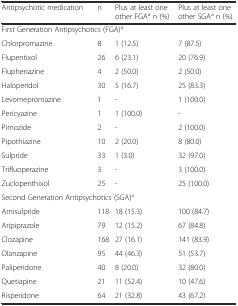
<table><thead><tr><td><b>Antipsychotic medication</b></td><td><b>n</b></td><td><b>Plus at least one other FGA<sup>a</sup> n (%)</b></td><td><b>Plus at least one other SGA<sup>a</sup> n (%)</b></td></tr></thead><tbody><tr><td colspan="4">First Generation Antipsychotics (FGA)<sup>a</sup></td></tr><tr><td>Chlorpromazine</td><td>8</td><td>1 (12.5)</td><td>7 (87.5)</td></tr><tr><td>Flupentixol</td><td>26</td><td>6 (23.1)</td><td>20 (76.9)</td></tr><tr><td>Fluphenazine</td><td>4</td><td>2 (50.0)</td><td>2 (50.0)</td></tr><tr><td>Haloperidol</td><td>30</td><td>5 (16.7)</td><td>25 (83.3)</td></tr><tr><td>Levomepromazine</td><td>1</td><td>-</td><td>1 (100.0)</td></tr><tr><td>Pericyazine</td><td>1</td><td>1 (100.0)</td><td>-</td></tr><tr><td>Pimozide</td><td>2</td><td>-</td><td>2 (100.0)</td></tr><tr><td>Pipothiazine</td><td>10</td><td>2 (20.0)</td><td>8 (80.0)</td></tr><tr><td>Sulpride</td><td>33</td><td>1 (3.0)</td><td>32 (97.0)</td></tr><tr><td>Trifluoperazine</td><td>3</td><td>-</td><td>3 (100.0)</td></tr><tr><td>Zuclopenthixol</td><td>25</td><td>-</td><td>25 (100.0)</td></tr><tr><td colspan="4">Second Generation Antipsychotics (SGA)<sup>a</sup></td></tr><tr><td>Amisulpride</td><td>118</td><td>18 (15.3)</td><td>100 (84.7)</td></tr><tr><td>Aripiprazole</td><td>79</td><td>12 (15.2)</td><td>67 (84.8)</td></tr><tr><td>Clozapine</td><td>168</td><td>27 (16.1)</td><td>141 (83.9)</td></tr><tr><td>Olanzapine</td><td>95</td><td>44 (46.3)</td><td>51 (53.7)</td></tr><tr><td>Paliperidone</td><td>40</td><td>8 (20.0)</td><td>32 (80.0)</td></tr><tr><td>Quetiapine</td><td>21</td><td>11 (52.4)</td><td>10 (47.6)</td></tr><tr><td>Risperidone</td><td>64</td><td>21 (32.8)</td><td>43 (67.2)</td></tr></tbody></table>